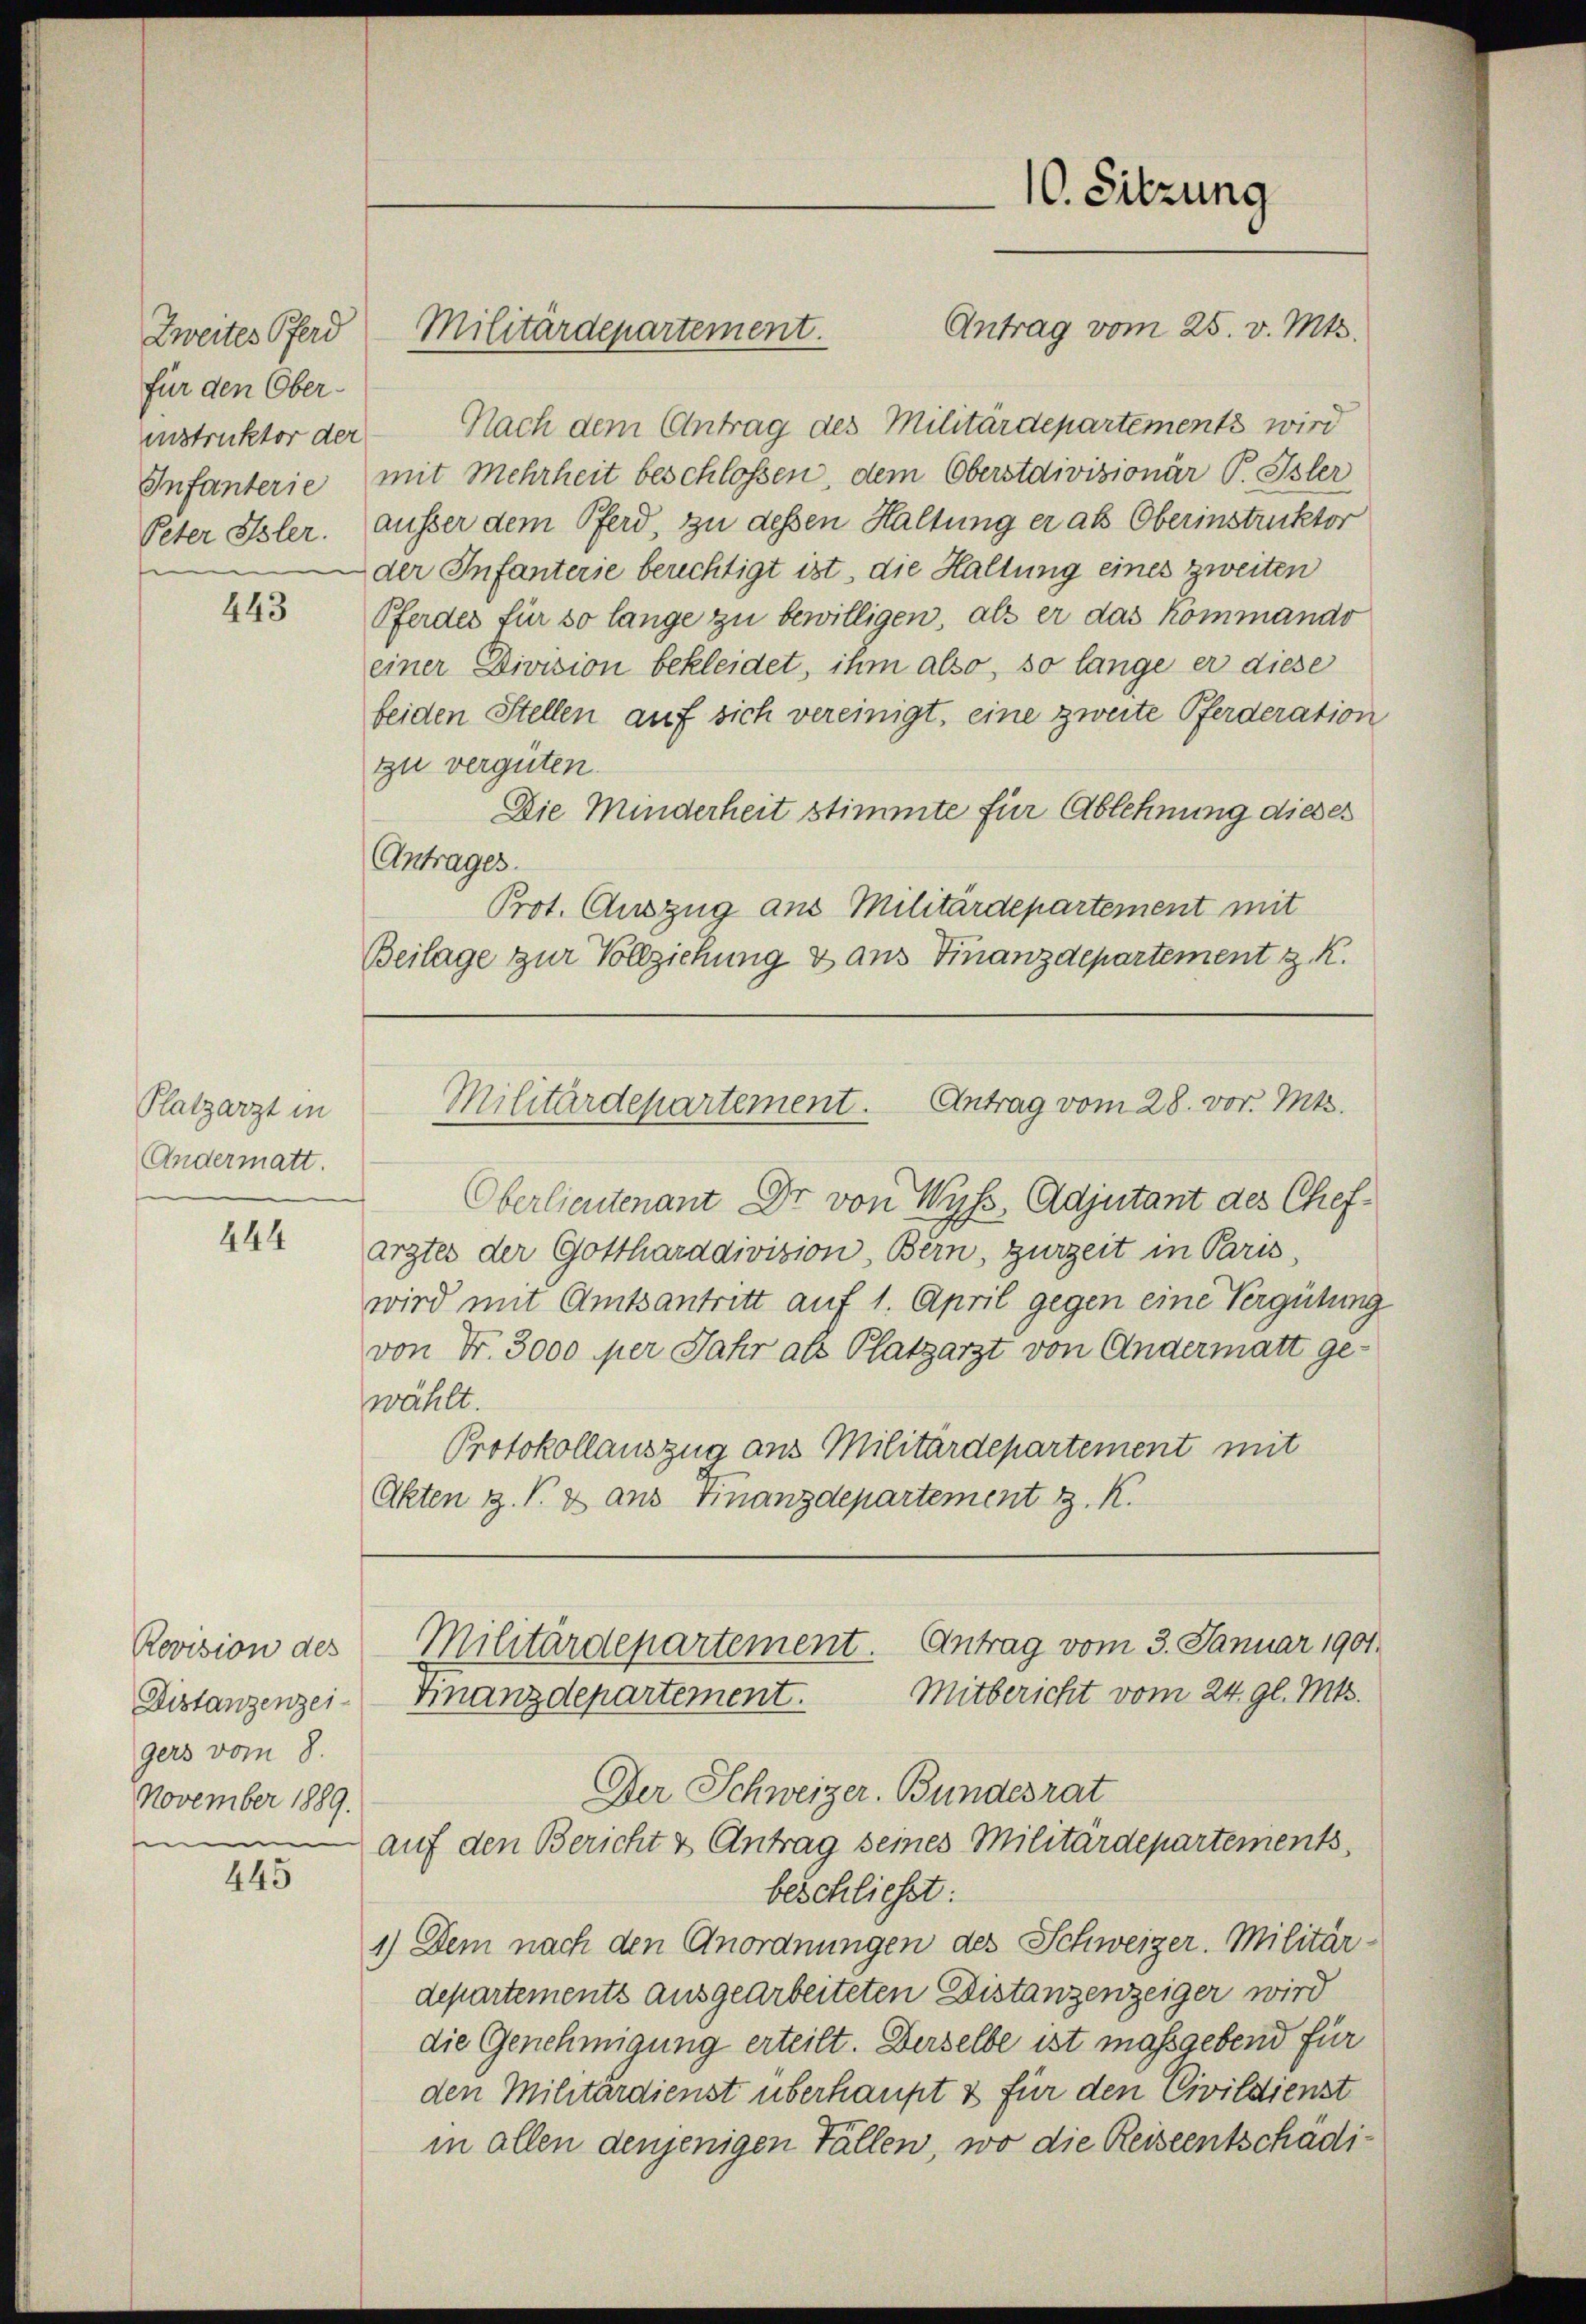
Zweites Pferd
für den Oberinstruktor der
Infanterie
Peter Isler.

443

Platzarzt in
Andermatt.

444

Revision des
Distanzenzei
gers vom 8.
November 1889.
n

445

Militärdepartement.

Nach dem Antrag des Militärdepartements wird
mit Mehrheit beschlossen, dem Oberstdivisionär P. Isler
ausser dem Pferd, zu dessen Haltung er als Oberinstruktor
der Infanterse berechtigt ist, die Haltung eines zweiten
Pferdes für so lange zu bewilligen, als er das kommando
einer Division bekleidet, ihm also, so lange er diese
beiden Stellen auf sich vereinigt, eine zweite Pferderation
zu vergüten.
Die Minderheit stimmte für Ablehnung dieses
Antrages.
Prot. Auszug aus Militärdepartement mit
Beilage zur Vollziehung & aus Finanzdepartement z. R.

Oberlieutenant Dr. von Wyss, Adjutant des Chefarztes der Gottharddivision, Bern, zurzeit in Paris,
wird mit Amtsantritt auf 1. April gegen eine Vergütung
von Fr. 3000 per Jahr als Platzarzt von Andermatt ge-
wählt.
Protokollauszug aus Militärdepartement mit
Akten z. B. 2 aus Finanzdepartement z. K.
Militärdepartement. Antrag vom 3. Januar 1901.
Mitbericht vom 24. gl. Mts.
Finanzdepartement.
Der Schweizer. Bundesrat
auf den Bericht u Antrag seines Militärdepartements,
beschließt:
1.) Dem nach den Anordnungen des Schweizer. Militär-
departements ausgearbeiteten Distanzenzeiger wird
die Genehmigung erteilt. Derselbe ist massgebend für
den Militärdienst überhaupt & für den Civildienst
in allen denjenigen Fällen, wo die Reiseentschädi¬

10. Sitzung
Antrag vom 25. v. Mts.

Antrag vom 28. vor. Mts.
Militärdepartement.